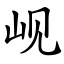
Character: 岘